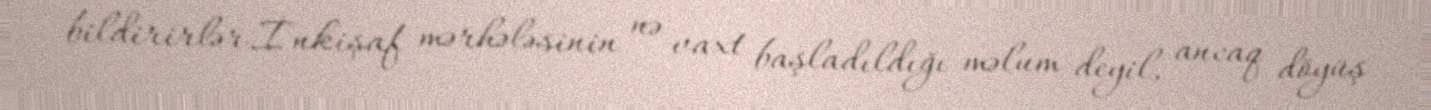
bildirirlər.İnkişaf mərhələsinin nə vaxt başladıldığı məlum deyil, ancaq döyüş